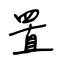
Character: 置